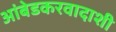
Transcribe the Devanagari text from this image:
आंबेडकरवादाशी